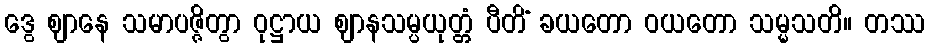
ဒွေ ဈာနေ သမာပဇ္ဇိတွာ ဝုဋ္ဌာယ ဈာနသမ္ပယုတ္တံ ပီတိံ ခယတော ဝယတော သမ္မသတိ။ တဿ